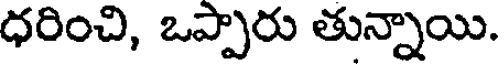
ధరించి, ఒప్పారు తున్నాయి.